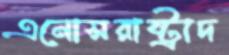
এনোসরাষ্ট্রাদ